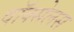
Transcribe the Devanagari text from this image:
वॉक्सेलस